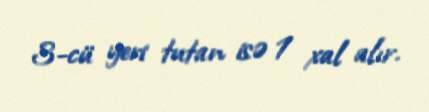
3-cü yeri tutan isə 1 xal alır.